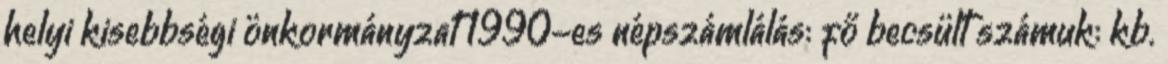
helyi kisebbségi önkormányzat 1990-es népszámlálás: fő becsült számuk: kb.